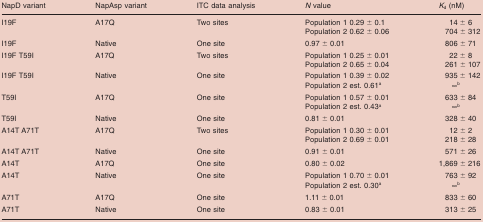
<table><thead><tr><td><b>NapD variant</b></td><td><b>NapAsp variant</b></td><td><b>ITC data analysis</b></td><td><b><i>N</i> value</b></td><td><b><i>K</i><sub>d</sub> (nM)</b></td></tr></thead><tbody><tr><td rowspan="2">I19F</td><td rowspan="2">A17Q</td><td rowspan="2">Two sites</td><td>Population 1 0.29 ± 0.1</td><td>14 ± 6</td></tr><tr><td>Population 2 0.62 ± 0.06</td><td>704 ± 312</td></tr><tr><td>I19F</td><td>Native</td><td>One site</td><td>0.97 ± 0.01</td><td>806 ± 71</td></tr><tr><td rowspan="2">I19F T59I</td><td rowspan="2">A17Q</td><td rowspan="2">Two sites</td><td>Population 1 0.25 ± 0.01</td><td>22 ± 8</td></tr><tr><td>Population 2 0.65 ± 0.04</td><td>261 ± 107</td></tr><tr><td rowspan="2">I19F T59I</td><td rowspan="2">Native</td><td rowspan="2">One site</td><td>Population 1 0.39 ± 0.02</td><td>935 ± 142</td></tr><tr><td>Population 2 est. 0.61a</td><td>∞b</td></tr><tr><td rowspan="2">T59I</td><td rowspan="2">A17Q</td><td rowspan="2">One site</td><td>Population 1 0.57 ± 0.01</td><td>633 ± 84</td></tr><tr><td>Population 2 est. 0.43a</td><td>∞b</td></tr><tr><td>T59I</td><td>Native</td><td>One site</td><td>0.81 ± 0.01</td><td>328 ± 40</td></tr><tr><td rowspan="2">A14T A71T</td><td rowspan="2">A17Q</td><td rowspan="2">Two sites</td><td>Population 1 0.30 ± 0.01</td><td>12 ± 2</td></tr><tr><td>Population 2 0.69 ± 0.01</td><td>218 ± 28</td></tr><tr><td>A14T A71T</td><td>Native</td><td>One site</td><td>0.91 ± 0.01</td><td>571 ± 26</td></tr><tr><td>A14T</td><td>A17Q</td><td>One site</td><td>0.80 ± 0.02</td><td>1,869 ± 216</td></tr><tr><td rowspan="2">A14T</td><td rowspan="2">Native</td><td rowspan="2">One site</td><td>Population 1 0.70 ± 0.01</td><td>763 ± 92</td></tr><tr><td>Population 2 est. 0.30a</td><td>∞b</td></tr><tr><td>A71T</td><td>A17Q</td><td>One site</td><td>1.11 ± 0.01</td><td>833 ± 60</td></tr><tr><td>A71T</td><td>Native</td><td>One site</td><td>0.83 ± 0.01</td><td>313 ± 25</td></tr></tbody></table>